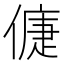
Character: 𠌿